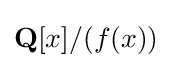
\mathbf {Q} [x]/(f(x))